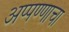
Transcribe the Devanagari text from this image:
अप्पण्णाचा